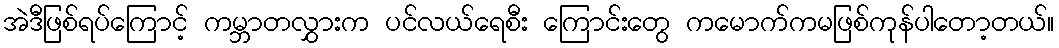
အဲဒီဖြစ်ရပ်ကြောင့် ကမ္ဘာတလွှားက ပင်လယ်ရေစီး ကြောင်းတွေ ကမောက်ကမဖြစ်ကုန်ပါတော့တယ်။